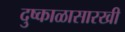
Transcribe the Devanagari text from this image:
दुष्काळासारखी